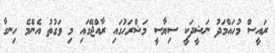
ރައީސް މުހައްމަދު ނަޝީދަކީ ސިޔާސީ މަޝްރަހުގައި ރާއްޖޭގައި މި ވަގުތު އެންމެ ހިނގާ